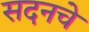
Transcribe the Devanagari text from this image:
सदनचे